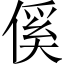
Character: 傒